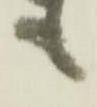
も